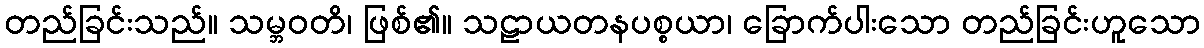
တည်ခြင်းသည်။ သမ္ဘဝတိ၊ ဖြစ်၏။ သဠာယတနပစ္စယာ၊ ခြောက်ပါးသော တည်ခြင်းဟူသော